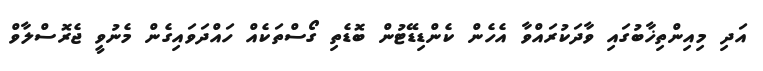
އަދި މިއިންތިޚާބުގައި ވާދަކުރައްވާ އެހެން ކެންޑިޑޭޓުން ބޮޑެތި ގޯސްތަކެއް ހައްދަވައިގެން މެނުވީ ޖެރޮސްލާވް